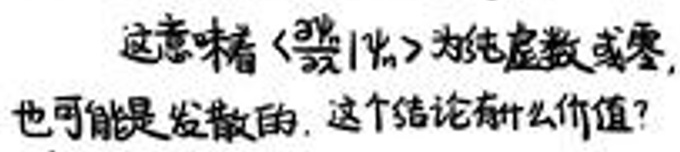
这意味着\(\langle a_{n}\rangle\)的极限数或零，也可能是发散的，这个结论有什么价值？